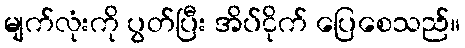
မျက်လုံးကို ပွတ်ပြီး အိပ်ငိုက် ပြေစေသည်။